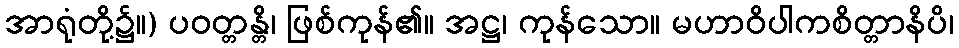
အာရုံတို့၌။) ပဝတ္တန္တိ၊ ဖြစ်ကုန်၏။ အဋ္ဌ၊ ကုန်သော။ မဟာဝိပါကစိတ္တာနိပိ၊